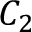
C _ { 2 }